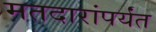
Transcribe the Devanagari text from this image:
मतदारांपर्यंत